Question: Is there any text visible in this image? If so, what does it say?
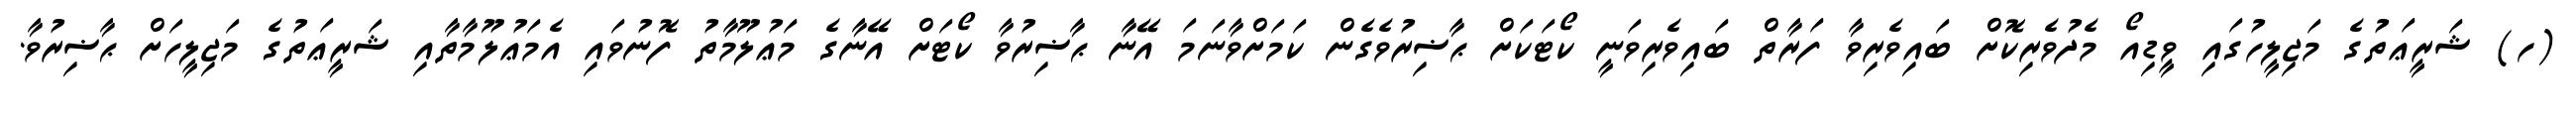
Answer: (ހ) ޝަރީޢަތުގެ މަޖިލީހުގައި ވީޑިއޯ މެދުވެރިކޮށް ބައިވެރިވާ ފަރާތް ބައިވެރިވަނީ ކޯޓަކަށް ޙާޟިރުވެގެން ކަމަށްވާނަމަ އޭނާ ޙާޟިރުވާ ކޯޓަށް އޭނާގެ މަޢުލޫމާތު ފޮނުވައި އެމަޢުލޫމާތާއި ޝަރީޢަތުގެ މަޖިލީހަށް ޙާޟިރުވާ.